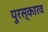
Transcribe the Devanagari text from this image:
पुरस्कारव